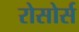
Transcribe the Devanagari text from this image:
रोसोर्स